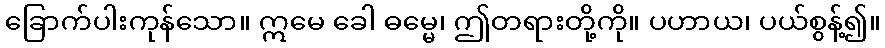
ခြောက်ပါးကုန်သော။ ဣမေ ခေါ ဓမ္မေ၊ ဤတရားတို့ကို။ ပဟာယ၊ ပယ်စွန့်၍။